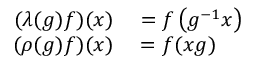
\begin{array} { r l } { ( \lambda ( g ) f ) ( x ) } & { { } = f \left( g ^ { - 1 } x \right) } \\ { ( \rho ( g ) f ) ( x ) } & { { } = f ( x g ) } \end{array}